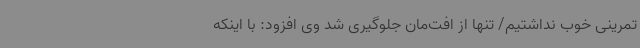
تمرینی خوب نداشتیم/ تنها از افت‌مان جلوگیری شد وی افزود: با اینکه